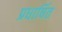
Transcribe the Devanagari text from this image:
प्रधार्षित